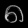
Digit: ၈